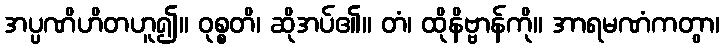
အပ္ပဏိဟိတဟူ၍။ ဝုစ္စတိ၊ ဆိုအပ်၏။ တံ၊ ထိုနိဗ္ဗာန်ကို။ အာရမဏံကတွာ၊